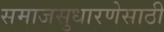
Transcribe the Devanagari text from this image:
समाजसुधारणेसाठी